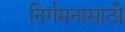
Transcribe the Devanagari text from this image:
निर्गमनासाठी